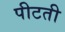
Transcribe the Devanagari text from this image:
पीटती